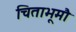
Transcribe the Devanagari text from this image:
चिताभूमौ